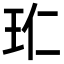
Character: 𭸹